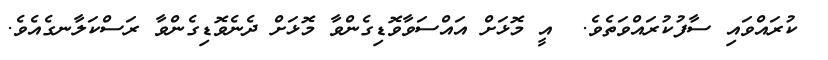
ކުރައްވައި ސާފުކުރައްވަތެވެ.  އީ މޮޅަށް އައްސަވާވޮޑިގެންވާ މޮޅަށް ދެނެވޮޑިގެންވާ ރަސްކަލާނގެއެވެ.